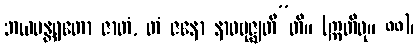
ဘယမန္တရတော ဇာတံ, တံ ဇနော နာဝဗုဇ္ဈတီ”တိ။ (ဣတိဝု။ ၈၈)၊